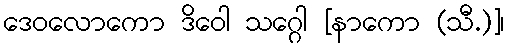
ဒေဝလောကော ဒိဝေါ သဂ္ဂေါ [နာကော (သီ.)]၊